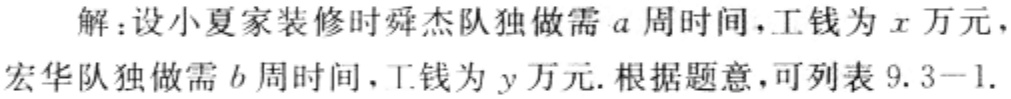
解：设小夏家装修时舜杰队独做需\(a\)周时间，工钱为\(x\)万元，宏华队独做需\(b\)周时间，工钱为\(y\)万元. 根据题意，可列表9.3 - 1.